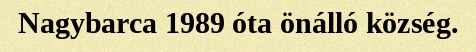
Nagybarca 1989 óta önálló község.